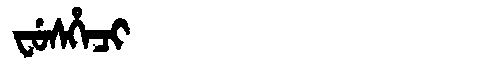
Manchu: ᠸᡠᠰᡥᡝᠴᡳ
Romanization: FUSHECI